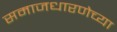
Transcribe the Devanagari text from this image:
समाजधारणेच्या